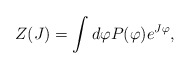
\begin{align*}Z(J)=\int d\varphi P(\varphi)e^{J\varphi},\end{align*}